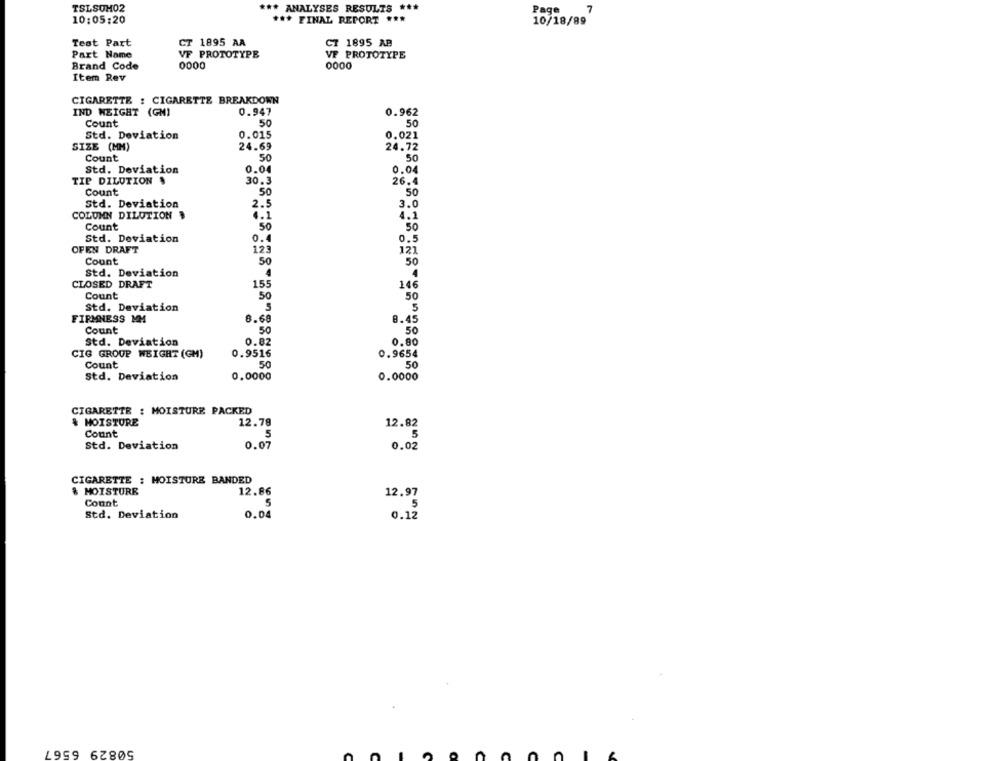
TSLSOH02
*** ANALYSES RESULTS ***
Page
10:05:20
*** FINAL REPORT ***
10/18/89
Test Part
CT 1895 AA
CT 1895 AB
Part Name
VF PROTOTYPE
VE PROTOTYPE
Brand Code
0000
0000
Item Rev
CIGARETTE : CIGARETTE BREAKDOWN
IND WEIGHT (GM)
0.947
0.962
Count
50
50
Std. Deviation
0.015
0.021
SIZE (MM)
24.69
24.72
Count
50
so
Std. Deviation
0.04
0. 04
TIP DILUTION $
30.3
26.4
50
Count
50
Std. Deviation
2.5
3.0
COLUMN DILUTION ,
4.1
4.1
Count
50
50
Std. Deviation
0.4
0.5
OFEN DRAFT
123
121
Count
50
50
Std. Deviation
CLOSED DRAFT
155
146
Count
50
50
Std. Deviation
5
5
FIRMNESS MM
8.68
Count
50
50
Std. Deviation
0.82
CIG GROUP WEIGHT (GM)
0.9516
0.9654
Count
50
50
Std. Deviation
0.0000
0.0000
CIGARETTE : MOISTURE PACKED
& MOISTURE
12.79
12.82
Count
5
5
Std. Deviation
0.07
0.02
CIGARETTE : MOISTURE BANDED
& MOISTURE
12.86
12.97
Count
S
5
Std. Deviation
0.04
0.12
1999
62800